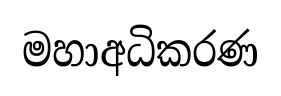
මහාඅධිකරණ